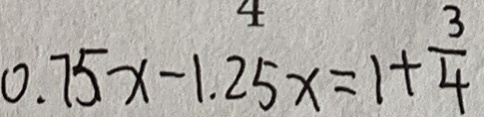
0 . 7 5 x - 1 . 2 5 x = 1 + \frac { 3 } { 4 }